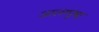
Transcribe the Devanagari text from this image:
आलप्पुषा़